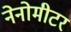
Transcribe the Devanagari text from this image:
नेनोमीटर